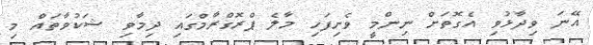
އޭނަ ވިދާޅުވި އެގޮތަށް ނިންމީ ވެށިފަހި މާލެ ޕްރޮގްރާމްގައި ދިމާވި ޝަކުވާތައް މި